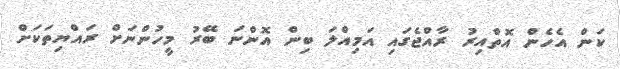
ކަން އެހެން އޮތްއިރު ރާއްޖެގައި އަމިއްލަ ބިން އޮންނަ ބޭރު މީހުންނަށް ރައްޔިތަކަށް